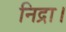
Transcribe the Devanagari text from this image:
निद्रा।